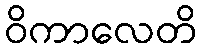
ဝိကာလေတိ